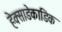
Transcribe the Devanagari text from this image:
हेक्साडेकाडिक